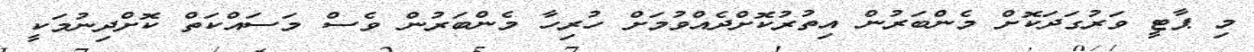
މި ޕާޓީ ވަރުގަދަކޮށް މެންބަރުން އިތުރުކޮށްދެއްވުމަށް ހުރިހާ މެންބަރުން ވެސް މަސައްކަތް ކޮށްދިނުމަކީ